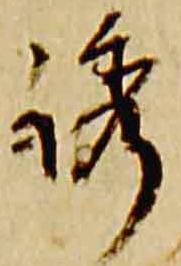
誘